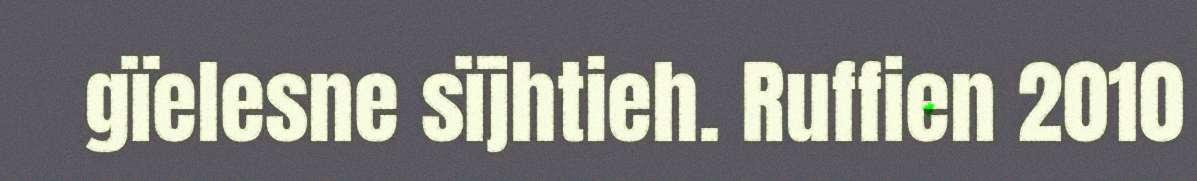
gïelesne sïjhtieh. Ruffien 2010